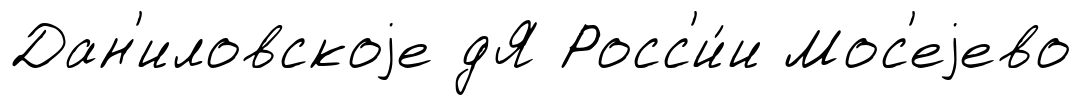
Дан'иловскоjе дЯ Росс'и́и Мос'еjево